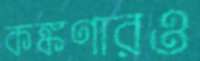
কঙ্কণারও